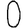
Digit: 0